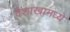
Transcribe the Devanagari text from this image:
वैशाखामध्ये